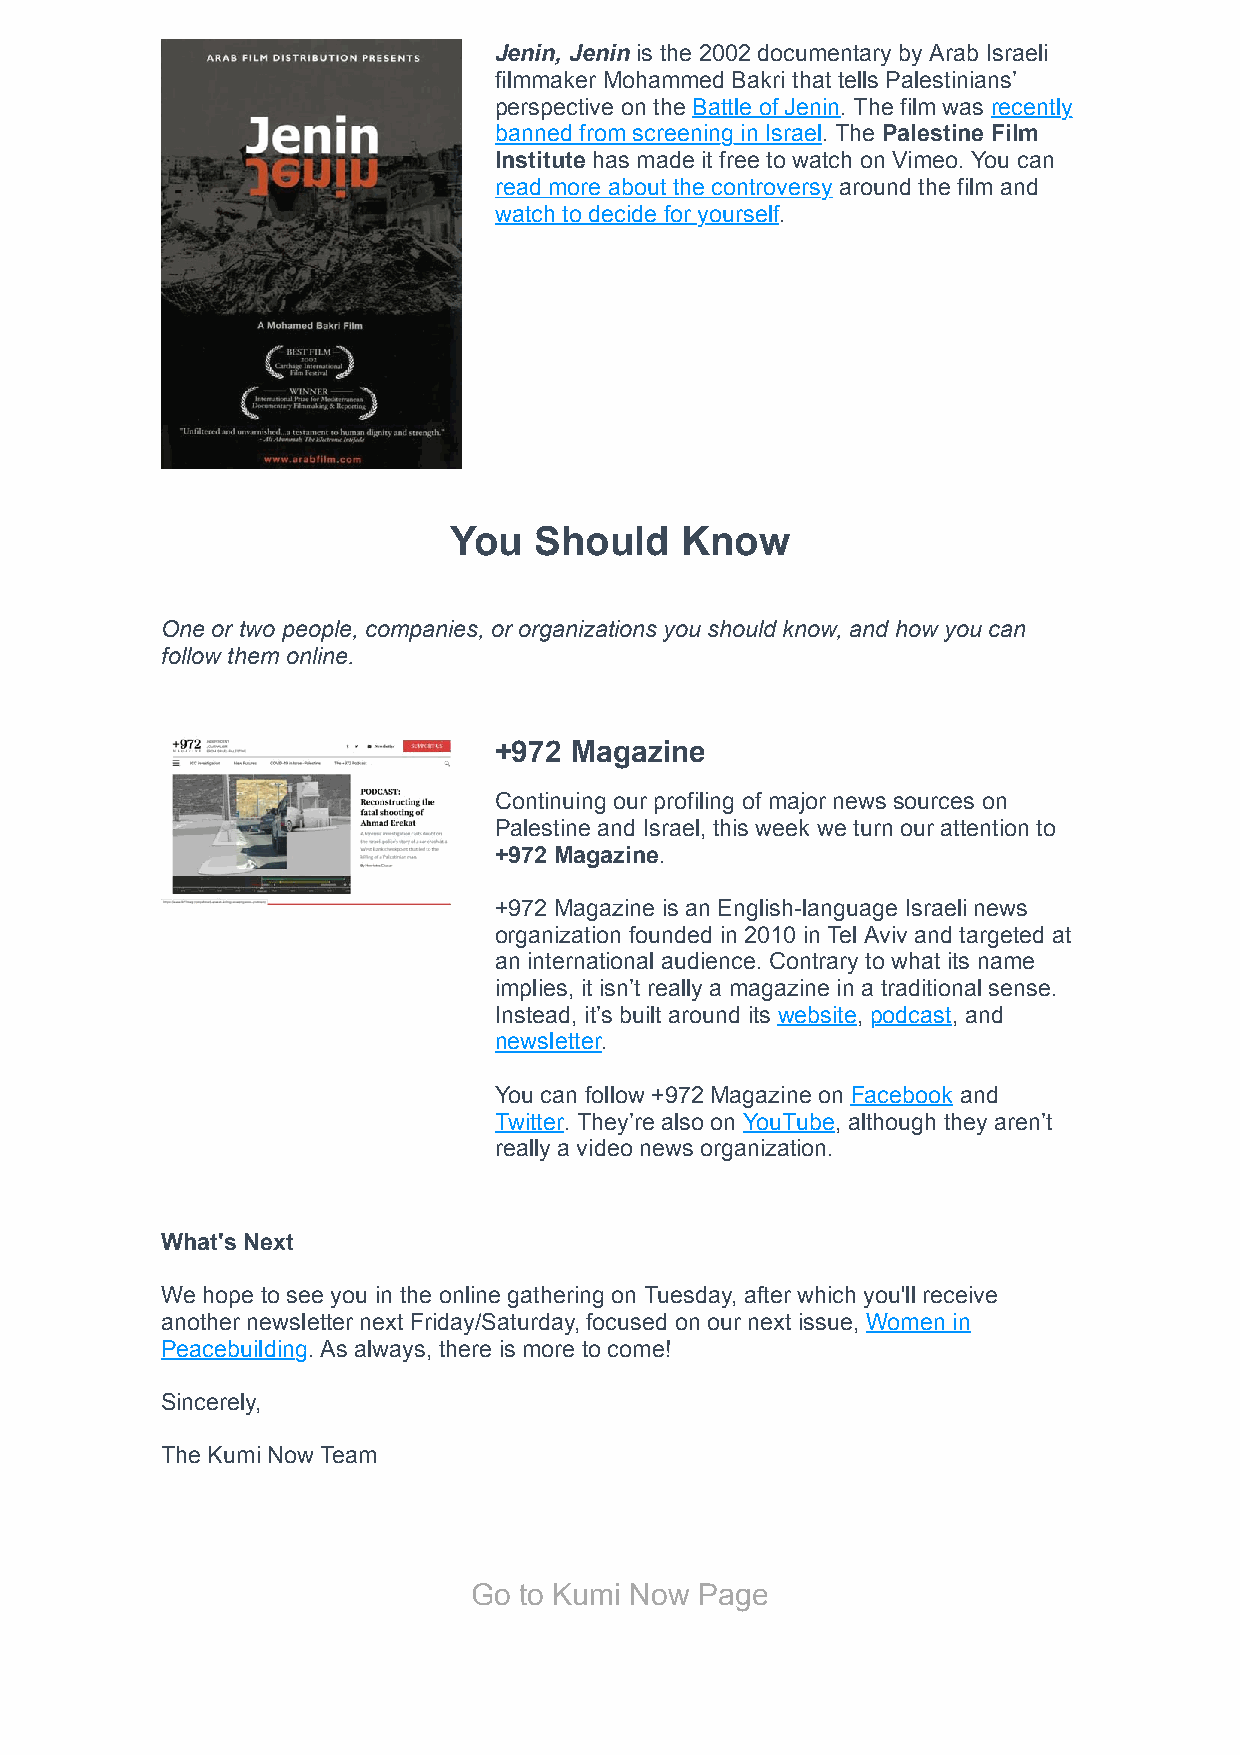
Jenin, Jenin is the 2002 documentary by Arab Israeli
 filmmaker Mohammed Bakri that tells Palestinians’
 perspective on the Battle of Jenin. The film was recently
 banned from screening in Israel. The Palestine Film
 Institute has made it free to watch on Vimeo. You can
 read more about the controversy around the film and
 watch to decide for yourself.
 You  Should    Know
 One or two people, companies, or organizations you should know, and how you can
 follow them online.
 +972 Magazine
 Continuing our profiling of major news sources on
 Palestine and Israel, this week we turn our attention to
 +972 Magazine.
 +972 Magazine is an English-language Israeli news
 organization founded in 2010 in Tel Aviv and targeted at
 an international audience. Contrary to what its name
 implies, it isn’t really a magazine in a traditional sense.
 Instead, it’s built around its website, podcast, and
 newsletter.
 You can follow +972 Magazine on Facebook and
 Twitter. They’re also on YouTube, although they aren’t
 really a video news organization.
 What's Next
 We hope to see you in the online gathering on Tuesday, after which you'll receive
 another newsletter next Friday/Saturday, focused on our next issue, Women in
 Peacebuilding. As always, there is more to come!
 Sincerely,
 The Kumi Now Team
 Go to Kumi Now Page